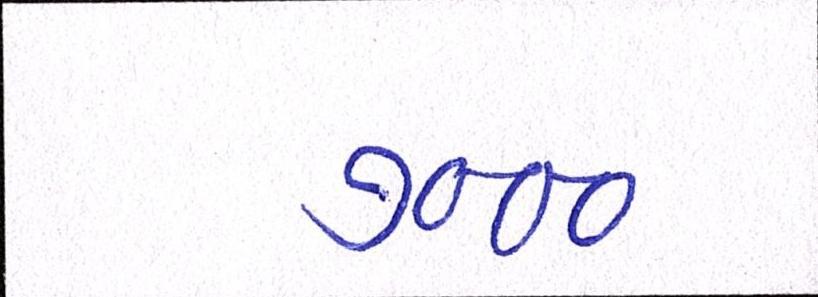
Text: ૭૦૦૦